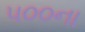
૫૦૦ના